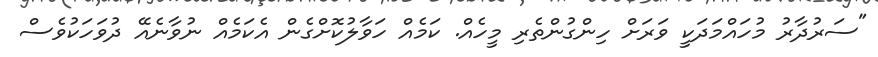
"ސަރުދާރު މުހައްމަދަކީ ވަރަށް ހިންގުންތެރި މީހެއް. ކަމެއް ހަވާލުކޮށްގެން އެކަމެއް ނުވާނެއޭ ދުވަހަކުވެސް